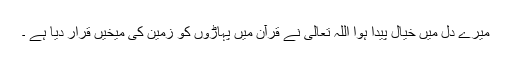
میرے دل میں خیال پیدا ہوا اللہ تعالی نے قرآن میں پہاڑوں کو زمین کی میخیں قرار دیا ہے ۔